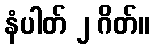
နံပါတ် ၂ ဂိတ်။